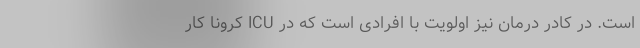
است. در کادر درمان نیز اولویت با افرادی‌ است که در ICU کرونا کار